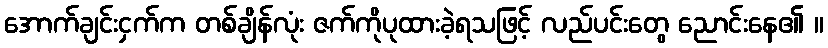
အောက်ချင်းငှက်က တစ်ချိန်လုံး ဇက်ကိုပုထားခဲ့ရသဖြင့် လည်ပင်းတွေ ညောင်းနေ၏ ။